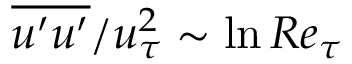
{ \overline { { u ^ { \prime } u ^ { \prime } } } } / u _ { \tau } ^ { 2 } \sim \ln R e _ { \tau }